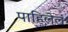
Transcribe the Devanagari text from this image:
पाहिलेलं